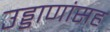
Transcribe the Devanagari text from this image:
उड्डाणांसह